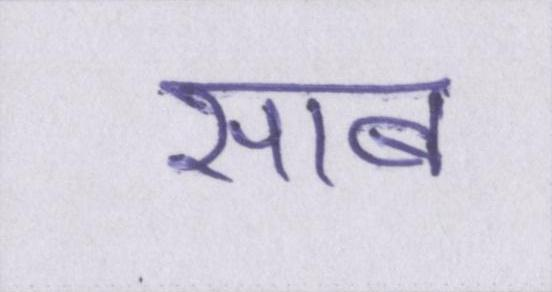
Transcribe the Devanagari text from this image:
साब